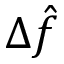
\Delta \hat { f }